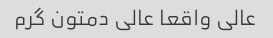
عالی واقعا عالی دمتون گرم